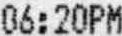
06:20PM